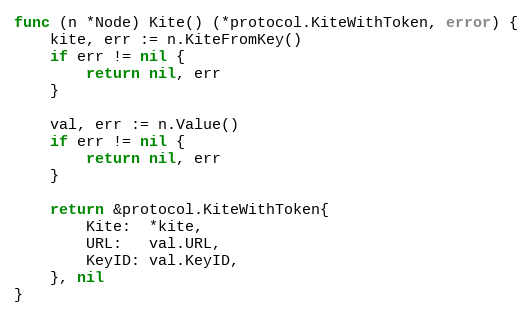
Language: Go
func (n *Node) Kite() (*protocol.KiteWithToken, error) {
	kite, err := n.KiteFromKey()
	if err != nil {
		return nil, err
	}

	val, err := n.Value()
	if err != nil {
		return nil, err
	}

	return &protocol.KiteWithToken{
		Kite:  *kite,
		URL:   val.URL,
		KeyID: val.KeyID,
	}, nil
}